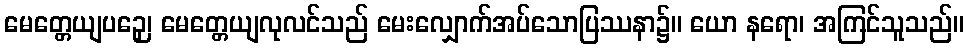
မေတ္တေယျပဉှေ၊ မေတ္တေယျလုလင်သည် မေးလျှောက်အပ်သောပြဿနာ၌။ ယော နရော၊ အကြင်သူသည်။